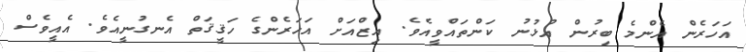
އަހަރެން އެންމެ ބިރުން އުޅުނު ކަންތައްވީއެވެ. އިޒްއަށް އަހަރެންގެ ހަޤީޤަތް އެނގުނީއެވެ. އެއީވެސް